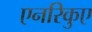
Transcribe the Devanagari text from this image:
एनरिकुए